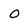
Character: O